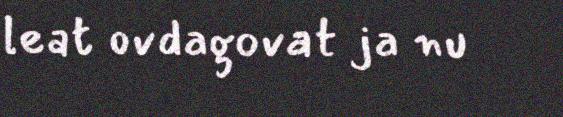
leat ovdagovat ja nu